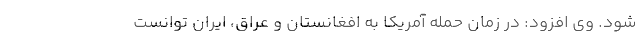
شود. وی افزود: در زمان حمله آمریکا به افغانستان و عراق، ایران توانست